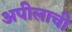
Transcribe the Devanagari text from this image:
अपीलाची